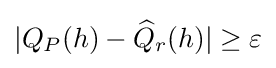
|Q_{P}(h)-{\widehat {Q}}_{r}(h)|\geq \varepsilon